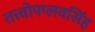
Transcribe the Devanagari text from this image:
तत्त्वोपप्लवसिंह